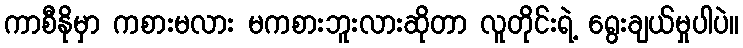
ကာစီနိုမှာ ကစားမလား မကစားဘူးလားဆိုတာ လူတိုင်းရဲ့ ရွေးချယ်မှုပါပဲ။